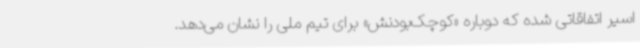
اسیر اتفاقاتی شده که دوباره «کوچک‌بودنش» برای تیم ملی را نشان می‌دهد.